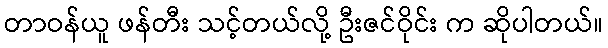
တာဝန်ယူ ဖန်တီး သင့်တယ်လို့ ဦးဇင်ဝိုင်း က ဆိုပါတယ်။